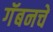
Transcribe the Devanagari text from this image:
गॅबनचे